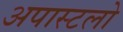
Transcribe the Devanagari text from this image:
अपास्टलो